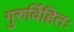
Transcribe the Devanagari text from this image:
गुरुर्विहितः